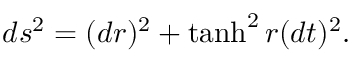
d s ^ { 2 } = ( d r ) ^ { 2 } + \operatorname { t a n h } ^ { 2 } r ( d t ) ^ { 2 } .